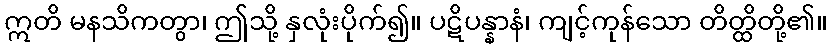
ဣတိ မနသိကတွာ၊ ဤသို့ နှလုံးပိုက်၍။ ပဋိပန္နာနံ၊ ကျင့်ကုန်သော တိတ္ထိတို့၏။